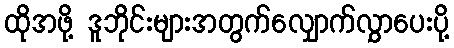
ထိုအဖို့ ဒူဘိုင်းများအတွက်လျှောက်လွှာပေးပို့